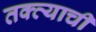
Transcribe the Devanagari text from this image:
तक्त्याची